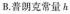
B.着朗克常量h